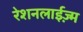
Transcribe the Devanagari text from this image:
रेशनलाईज़्म